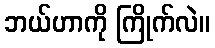
ဘယ်ဟာကို ကြိုက်လဲ။